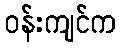
ဝန်းကျင်က